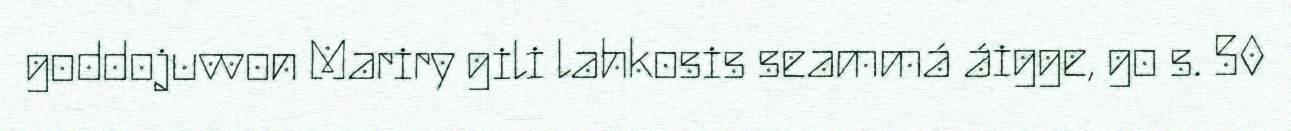
goddojuvvon Mariry gili lahkosis seammá áigge, go s. 50